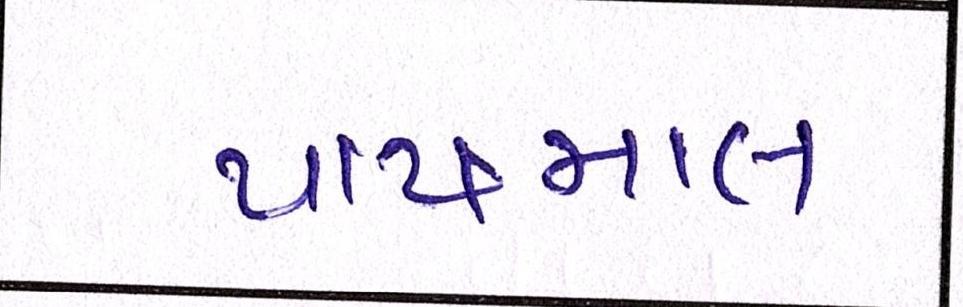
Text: પાયમાલ